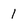
Character: 1